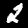
Digit: 2